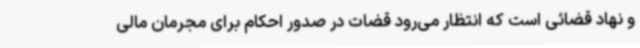
و نهاد قضائی است که انتظار می‌رود قضات در صدور احکام برای مجرمان مالی